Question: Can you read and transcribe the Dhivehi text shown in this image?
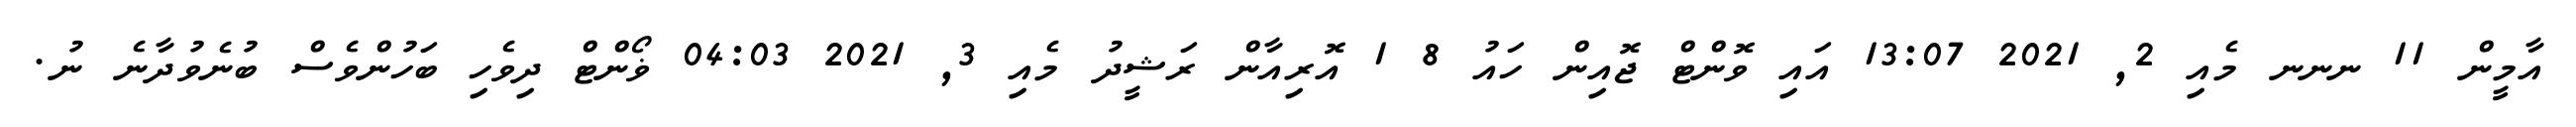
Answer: އާމީން 11 ނނނ މެއި 2, 2021 13:07 އައި ވޮންޓް ޖޮއިން ހައު 8 1 އޮރިއާން ރަޝީދު މެއި 3, 2021 04:03 ޥޯންޓް ދިވެހި ބަހުންވެސް ބުނެވުދާނެ ނު.